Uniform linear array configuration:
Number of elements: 4
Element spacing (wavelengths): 0.75
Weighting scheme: binomial
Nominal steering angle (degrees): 45
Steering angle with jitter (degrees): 43.337
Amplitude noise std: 0.05
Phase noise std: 0.05

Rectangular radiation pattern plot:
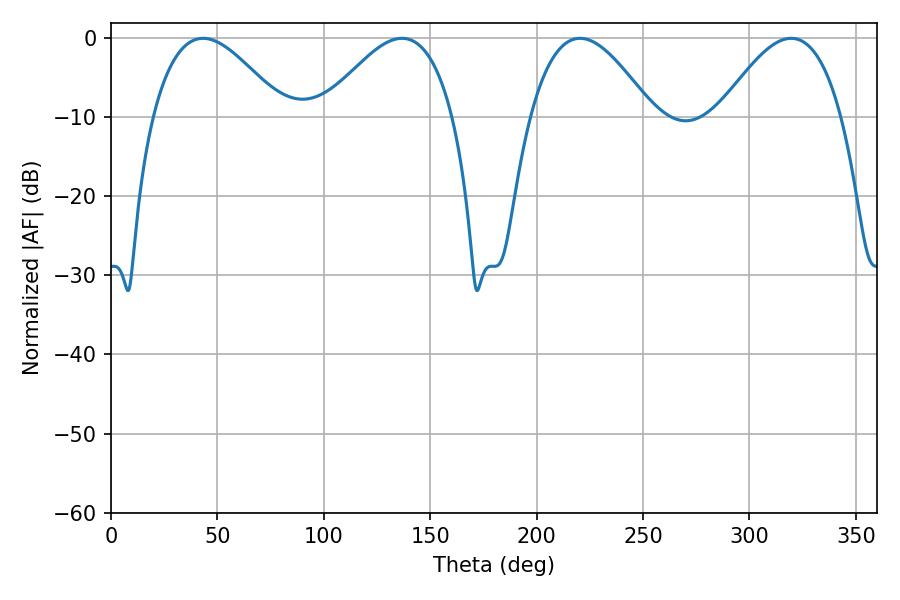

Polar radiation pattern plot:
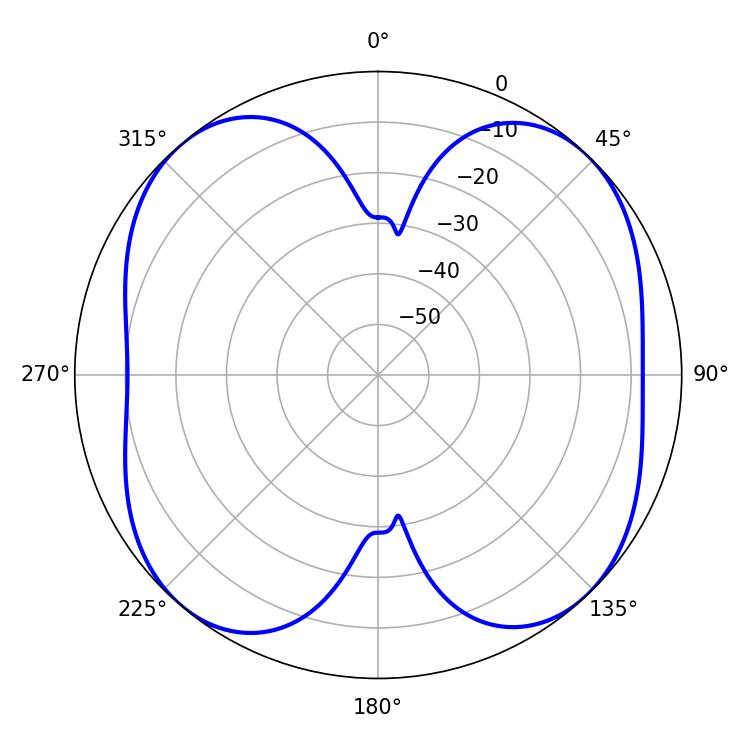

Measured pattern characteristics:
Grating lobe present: TRUE
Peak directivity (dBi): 12.535
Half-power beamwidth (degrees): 33.3
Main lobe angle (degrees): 43.2